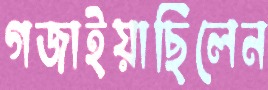
গজাইয়াছিলেন